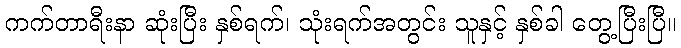
ကက်တာရီးနာ ဆုံးပြီး နှစ်ရက်၊ သုံးရက်အတွင်း သူနှင့် နှစ်ခါ တွေ့ပြီးပြီ။